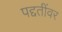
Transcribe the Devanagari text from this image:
पद्दतींवर